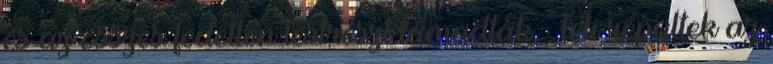
és az összes fedetlen testrészt támadták. Teli repültek az